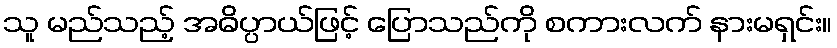
သူ မည်သည့် အဓိပ္ပာယ်ဖြင့် ပြောသည်ကို စကားလက် နားမရှင်း။